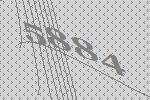
5884